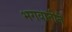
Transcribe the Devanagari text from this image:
भगवातीने